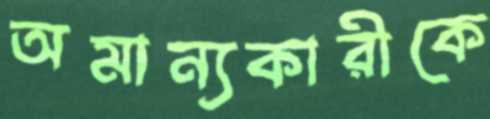
অমান্যকারীকে